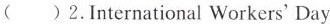
( )2.InternationalWorkers'Day